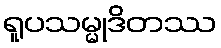
ရူပသမ္မုဒိတဿ